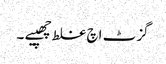
گزٹ اچ غلط چھپیے ۔